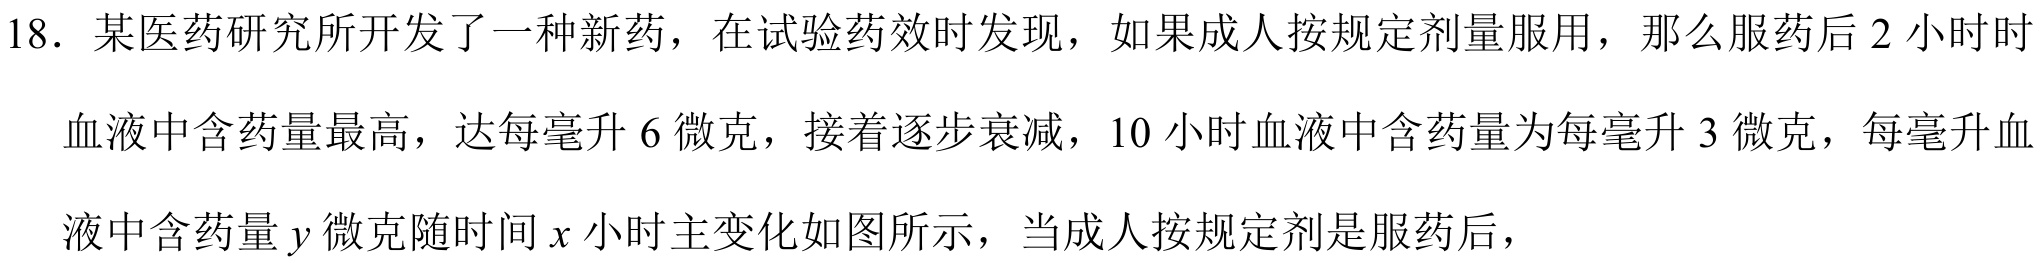
18．某医药研究所开发了一种新药，在试验药效时发现，如果成人按规定剂量服用，那么服药后2小时时
血液中含药量最高，达每毫升6微克，接着逐步衰减，10小时血液中含药量为每毫升3微克，每毫升血
液中含药量\(y\)微克随时间\(x\)小时主变化如图所示，当成人按规定剂是服药后，